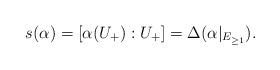
LaTeX: \begin{align*}s(\alpha)=[\alpha(U_+):U_+]=\Delta(\alpha|_{E_{\geq 1}}).\end{align*}